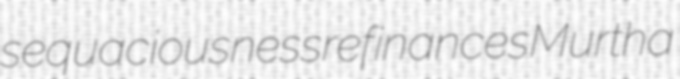
sequaciousness refinances Murtha